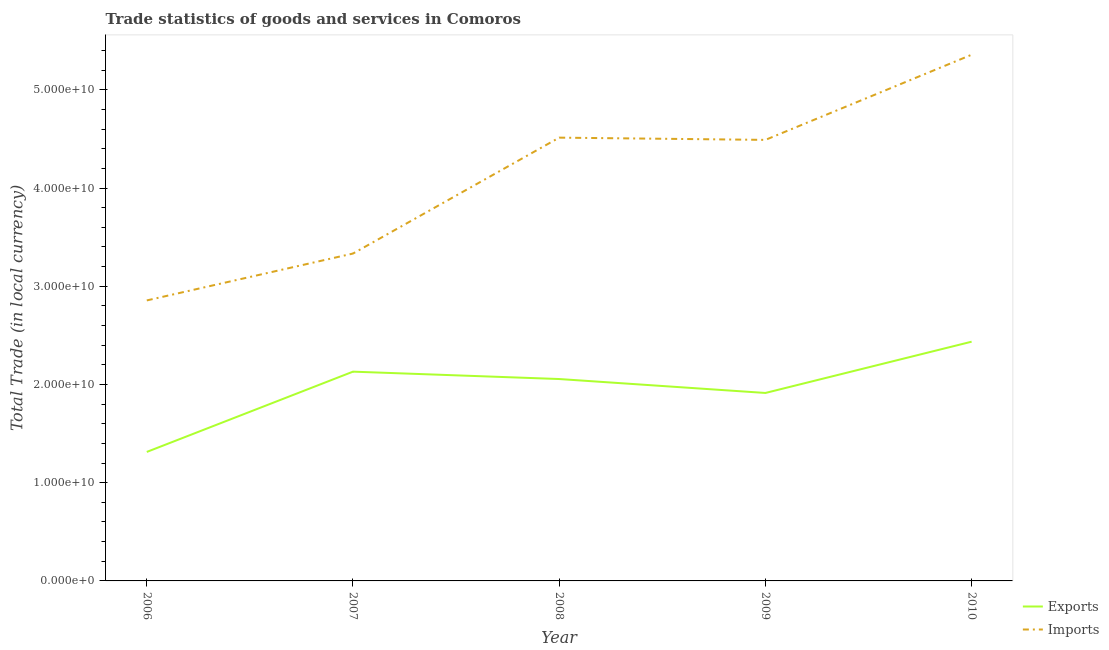
| Year | Exports | Imports |
 | --- | --- | --- |
 | 2006 | 1.31e+10 | 2.86e+10 |
 | 2007 | 2.13e+10 | 3.33e+10 |
 | 2008 | 2.06e+10 | 4.51e+10 |
 | 2009 | 1.91e+10 | 4.49e+10 |
 | 2010 | 2.44e+10 | 5.36e+10 |